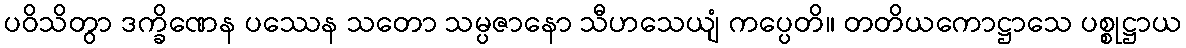
ပဝိသိတွာ ဒက္ခိဏေန ပဿေန သတော သမ္ပဇာနော သီဟသေယျံ ကပ္ပေတိ။ တတိယကောဋ္ဌာသေ ပစ္စုဋ္ဌာယ